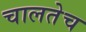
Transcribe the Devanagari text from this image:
चालतेच